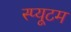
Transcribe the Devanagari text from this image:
स्प्यूटम